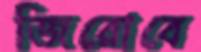
জিরোবে